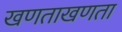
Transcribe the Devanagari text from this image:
खणताखणता